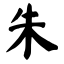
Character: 朱